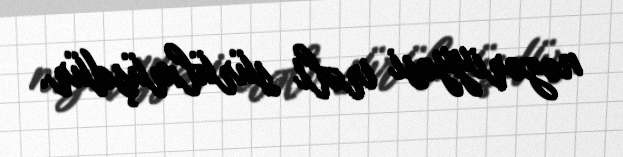
nəzəriyyəsi irəli sürülmüşdür.